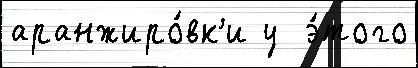
аранжиро́вк'и у  э́того